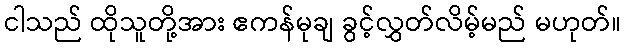
ငါသည် ထိုသူတို့အား ဧကန်မုချ ခွင့်လွှတ်လိမ့်မည် မဟုတ်။